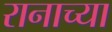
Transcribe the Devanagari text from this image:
रानाच्या